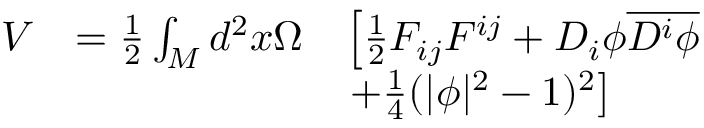
\begin{array} { l l l } { { V } } & { { = \frac { 1 } { 2 } \int _ { M } d ^ { 2 } x \Omega } } & { { \left[ \frac { 1 } { 2 } F _ { i j } F ^ { i j } + D _ { i } \phi \overline { { { D ^ { i } \phi } } } \right. } } \\ { { } } & { { } } & { { \left. + \frac { 1 } { 4 } ( | \phi | ^ { 2 } - 1 ) ^ { 2 } \right] } } \end{array}